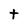
Character: t